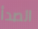
الصدأ